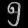
Digit: ၅